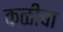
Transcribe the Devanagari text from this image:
कळींचा